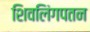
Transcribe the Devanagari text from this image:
शिवलिंगपतन